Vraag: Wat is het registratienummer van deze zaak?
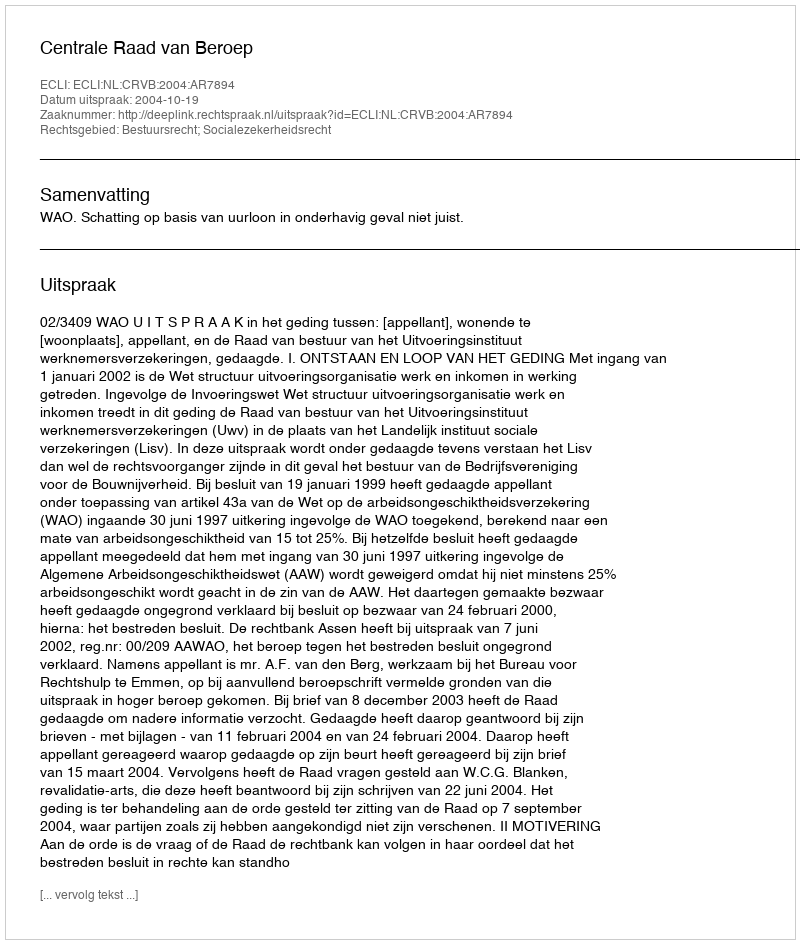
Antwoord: http://deeplink.rechtspraak.nl/uitspraak?id=ECLI:NL:CRVB:2004:AR7894